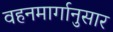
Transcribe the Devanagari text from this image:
वहनमार्गानुसार